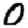
Digit: 0